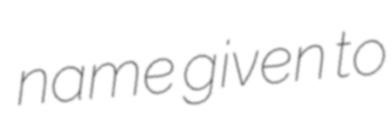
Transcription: name given to